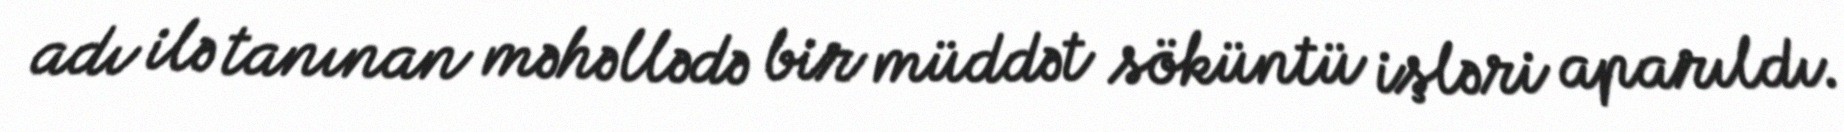
adı ilə tanınan məhəllədə bir müddət söküntü işləri aparıldı.